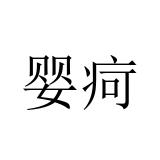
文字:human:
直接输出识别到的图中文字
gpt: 婴疴